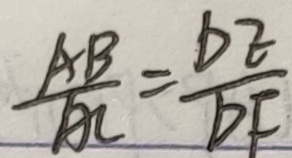
\frac { A B } { A C } = \frac { D E } { D F }